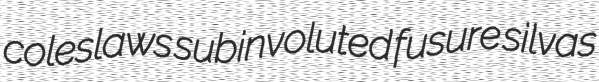
coleslaws subinvoluted fusure silvas